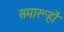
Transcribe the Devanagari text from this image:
समारूहों